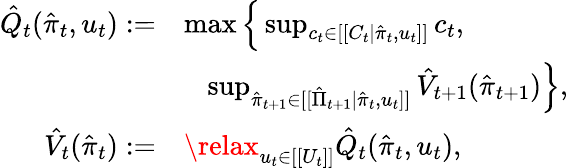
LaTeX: \begin{array}{rl}{\hat{Q}_{t}(\hat{\pi}_{t},u_{t}):=}&{\operatorname*{max}\Big\{ \operatorname*{sup}_{c_{t}\in[[C_{t}|\hat{\pi}_{t},u_{t}]]}c_{t},}\\ &{\; \; \; \operatorname*{sup}_{\hat{\pi}_{t+1}\in[[\hat{\Pi}_{t+1}|\hat{\pi}_{t},u_{t}]]}\hat{V}_{t+1}(\hat{\pi}_{t+1})\Big\} ,}\\ {\hat{V}_{t}(\hat{\pi}_{t}):=}&{\relax_{u_{t}\in[[U_{t}]]}\hat{Q}_{t}(\hat{\pi}_{t},u_{t}),}\end{array}